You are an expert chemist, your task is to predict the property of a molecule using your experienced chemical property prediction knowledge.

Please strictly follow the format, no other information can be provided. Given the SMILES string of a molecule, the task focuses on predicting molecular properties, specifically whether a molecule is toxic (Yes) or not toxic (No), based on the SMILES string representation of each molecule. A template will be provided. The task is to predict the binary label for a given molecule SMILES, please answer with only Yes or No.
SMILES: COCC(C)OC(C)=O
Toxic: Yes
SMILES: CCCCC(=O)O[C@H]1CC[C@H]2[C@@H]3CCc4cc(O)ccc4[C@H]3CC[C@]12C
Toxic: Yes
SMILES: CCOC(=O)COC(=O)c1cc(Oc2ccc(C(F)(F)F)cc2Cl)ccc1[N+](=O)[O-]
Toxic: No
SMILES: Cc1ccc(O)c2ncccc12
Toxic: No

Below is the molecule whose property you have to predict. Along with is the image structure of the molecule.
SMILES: C[N+](C)(C)CC1CO1
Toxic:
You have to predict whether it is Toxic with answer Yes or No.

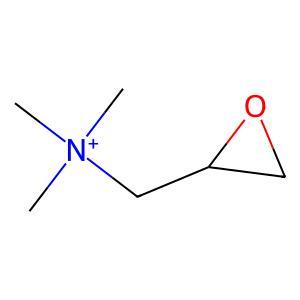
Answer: No